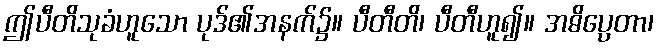
ဤပီတိသုခံဟူသော ပုဒ်၏အနက်၌။ ပီတီတိ၊ ပီတီဟူ၍။ အဓိပ္ပေတာ၊